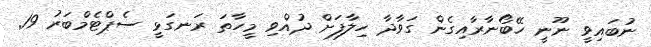
ނުބައިވީ ނޫނީ ހޭބޯނާރާއިގެން ގަވާދާ ހިލާފަށް ދުއްވި މީހާތަ ރަނގަޅީ ސެޕްޓެމްބަރު 19